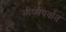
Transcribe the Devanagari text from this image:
भीष्मपर्वात